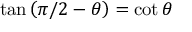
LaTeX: \tan \left( \pi / 2 - \theta \right) = \cot \theta